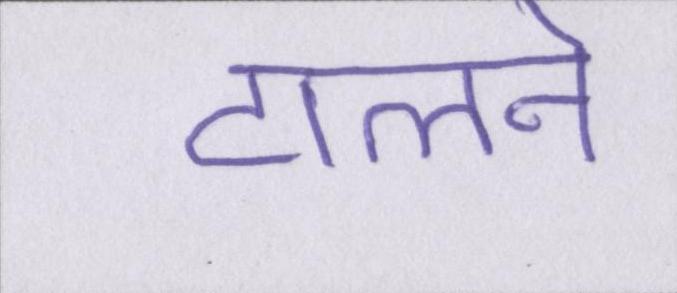
टालने